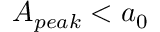
A _ { p e a k } < a _ { 0 }